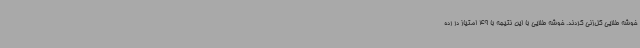
خوشه طلایی گل‌زنی کردند. خوشه طلایی با این نتیجه با 49 امتیاز در رده